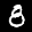
Label: 8